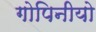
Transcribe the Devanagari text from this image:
गोपिनीयो